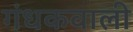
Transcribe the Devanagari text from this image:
गंधकवाली